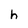
Character: h